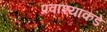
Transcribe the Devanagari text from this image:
प्रवाश्यांकडे